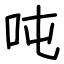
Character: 吨